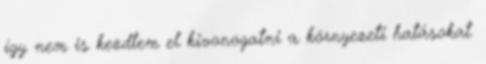
így nem is kezdtem el kivonogatni a környezeti hatásokat.